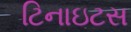
ટિનાઇટસ